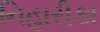
નિહારીકા